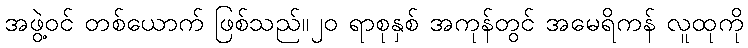
အဖွဲ့ဝင် တစ်ယောက် ဖြစ်သည်။၂၀ ရာစုနှစ် အကုန်တွင် အမေရိကန် လူထုကို